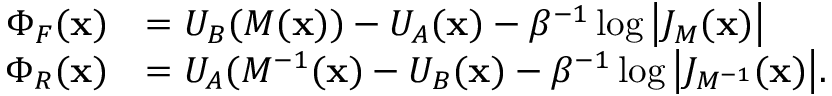
\begin{array} { r l } { \Phi _ { F } ( \mathbf { x } ) } & { = U _ { B } ( M ( \mathbf { x } ) ) - U _ { A } ( \mathbf { x } ) - \beta ^ { - 1 } \log { \left| { J _ { M } ( \mathbf { x } ) } \right| } } \\ { \Phi _ { R } ( \mathbf { x } ) } & { = U _ { A } ( M ^ { - 1 } ( \mathbf { x } ) - U _ { B } ( \mathbf { x } ) - \beta ^ { - 1 } \log { \left| { J _ { M ^ { - 1 } } ( \mathbf { x } ) } \right| } . } \end{array}